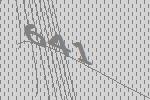
641